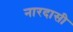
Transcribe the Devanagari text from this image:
नारदासी